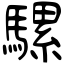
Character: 騾